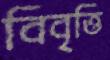
বিবৃত্তি